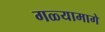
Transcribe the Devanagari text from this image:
गळ्यामागे